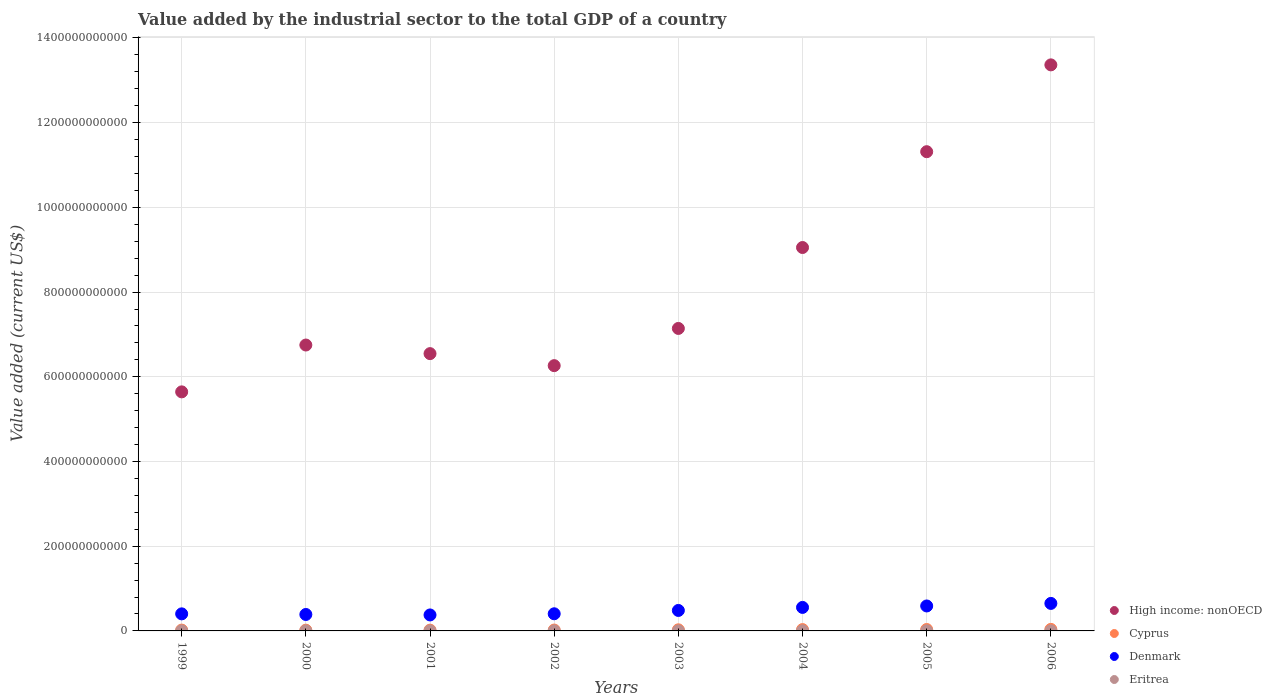
| Years | High income: nonOECD | Cyprus | Denmark | Eritrea |
 | --- | --- | --- | --- | --- |
 | 1999 | 5.64e+11 | 1.96e+09 | 4.03e+10 | 1.44e+08 |
 | 2000 | 6.75e+11 | 1.78e+09 | 3.88e+10 | 1.35e+08 |
 | 2001 | 6.55e+11 | 1.83e+09 | 3.77e+10 | 1.39e+08 |
 | 2002 | 6.26e+11 | 2.07e+09 | 4.05e+10 | 1.4e+08 |
 | 2003 | 7.14e+11 | 2.64e+09 | 4.83e+10 | 1.71e+08 |
 | 2004 | 9.05e+11 | 3.17e+09 | 5.55e+10 | 2.18e+08 |
 | 2005 | 1.13e+12 | 3.34e+09 | 5.89e+10 | 2.25e+08 |
 | 2006 | 1.34e+12 | 3.62e+09 | 6.49e+10 | 2.2e+08 |